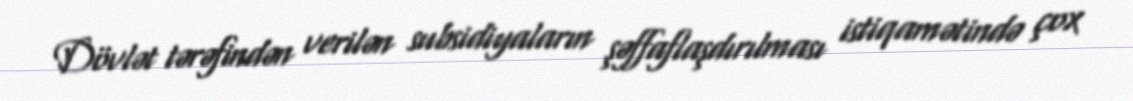
Dövlət tərəfindən verilən subsidiyaların şəffaflaşdırılması istiqamətində çox